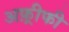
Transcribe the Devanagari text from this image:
अफ़्रीफी